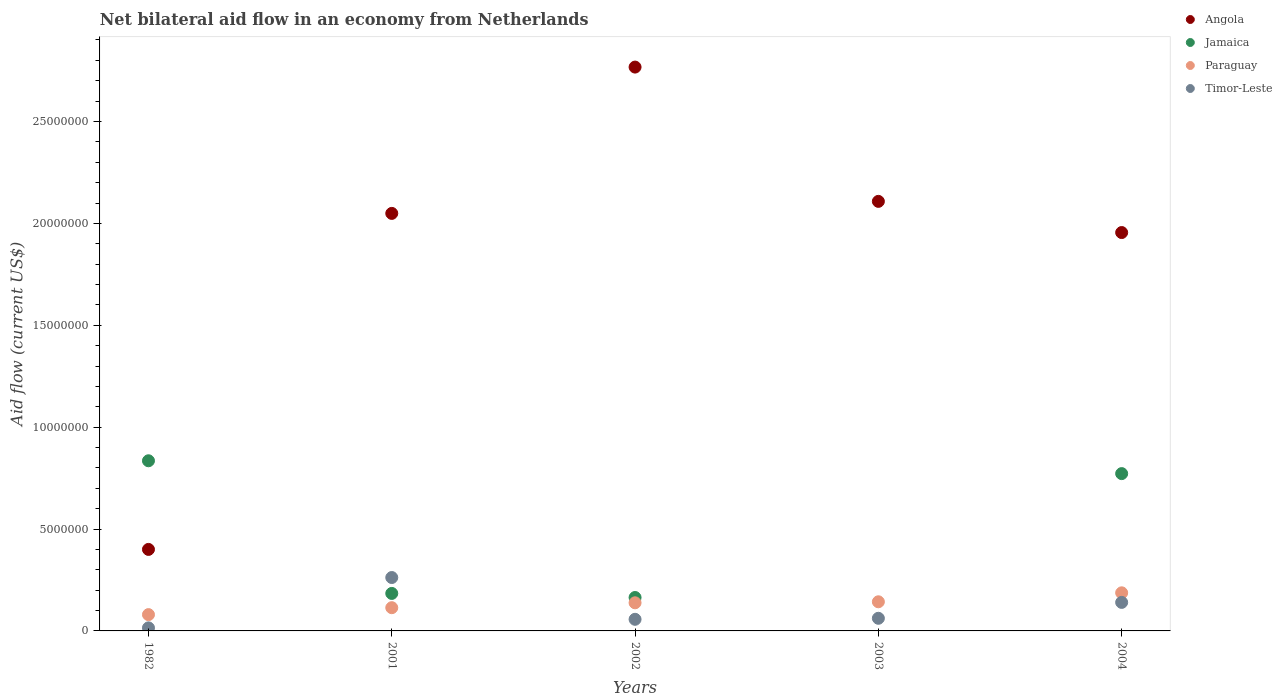
| Years | Angola | Jamaica | Paraguay | Timor-Leste |
 | --- | --- | --- | --- | --- |
 | 1982 | 4e+06 | 8.35e+06 | 8e+05 | 1.5e+05 |
 | 2001 | 2.05e+07 | 1.84e+06 | 1.14e+06 | 2.62e+06 |
 | 2002 | 2.77e+07 | 1.64e+06 | 1.38e+06 | 5.7e+05 |
 | 2003 | 2.11e+07 | -2.28e+06 | 1.43e+06 | 6.2e+05 |
 | 2004 | 1.96e+07 | 7.72e+06 | 1.87e+06 | 1.4e+06 |